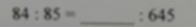
8 4 : 8 5 = : 6 4 5